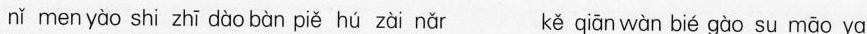
nǐ men yào shi zhī dào bàn piě hú zài nǎr kě qiān wàn bié gào su māo ya